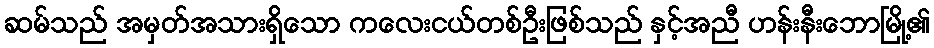
ဆမ်သည် အမှတ်အသားရှိသော ကလေးငယ်တစ်ဦးဖြစ်သည် နှင့်အညီ ဟန်းနီးဘောမြို့၏